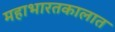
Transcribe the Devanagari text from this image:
महाभारतकालात